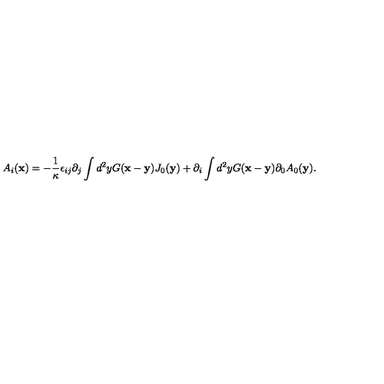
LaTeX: A _ { i } ( { \bf x } ) = - \frac { 1 } { \kappa } \epsilon _ { i j } \partial _ { j } \int d ^ { 2 } y G ( { \bf x } - { \bf y } ) J _ { 0 } ( { \bf y } ) + \partial _ { i } \int d ^ { 2 } y G ( { \bf x } - { \bf y } ) \partial _ { 0 } A _ { 0 } ( { \bf y } ) .